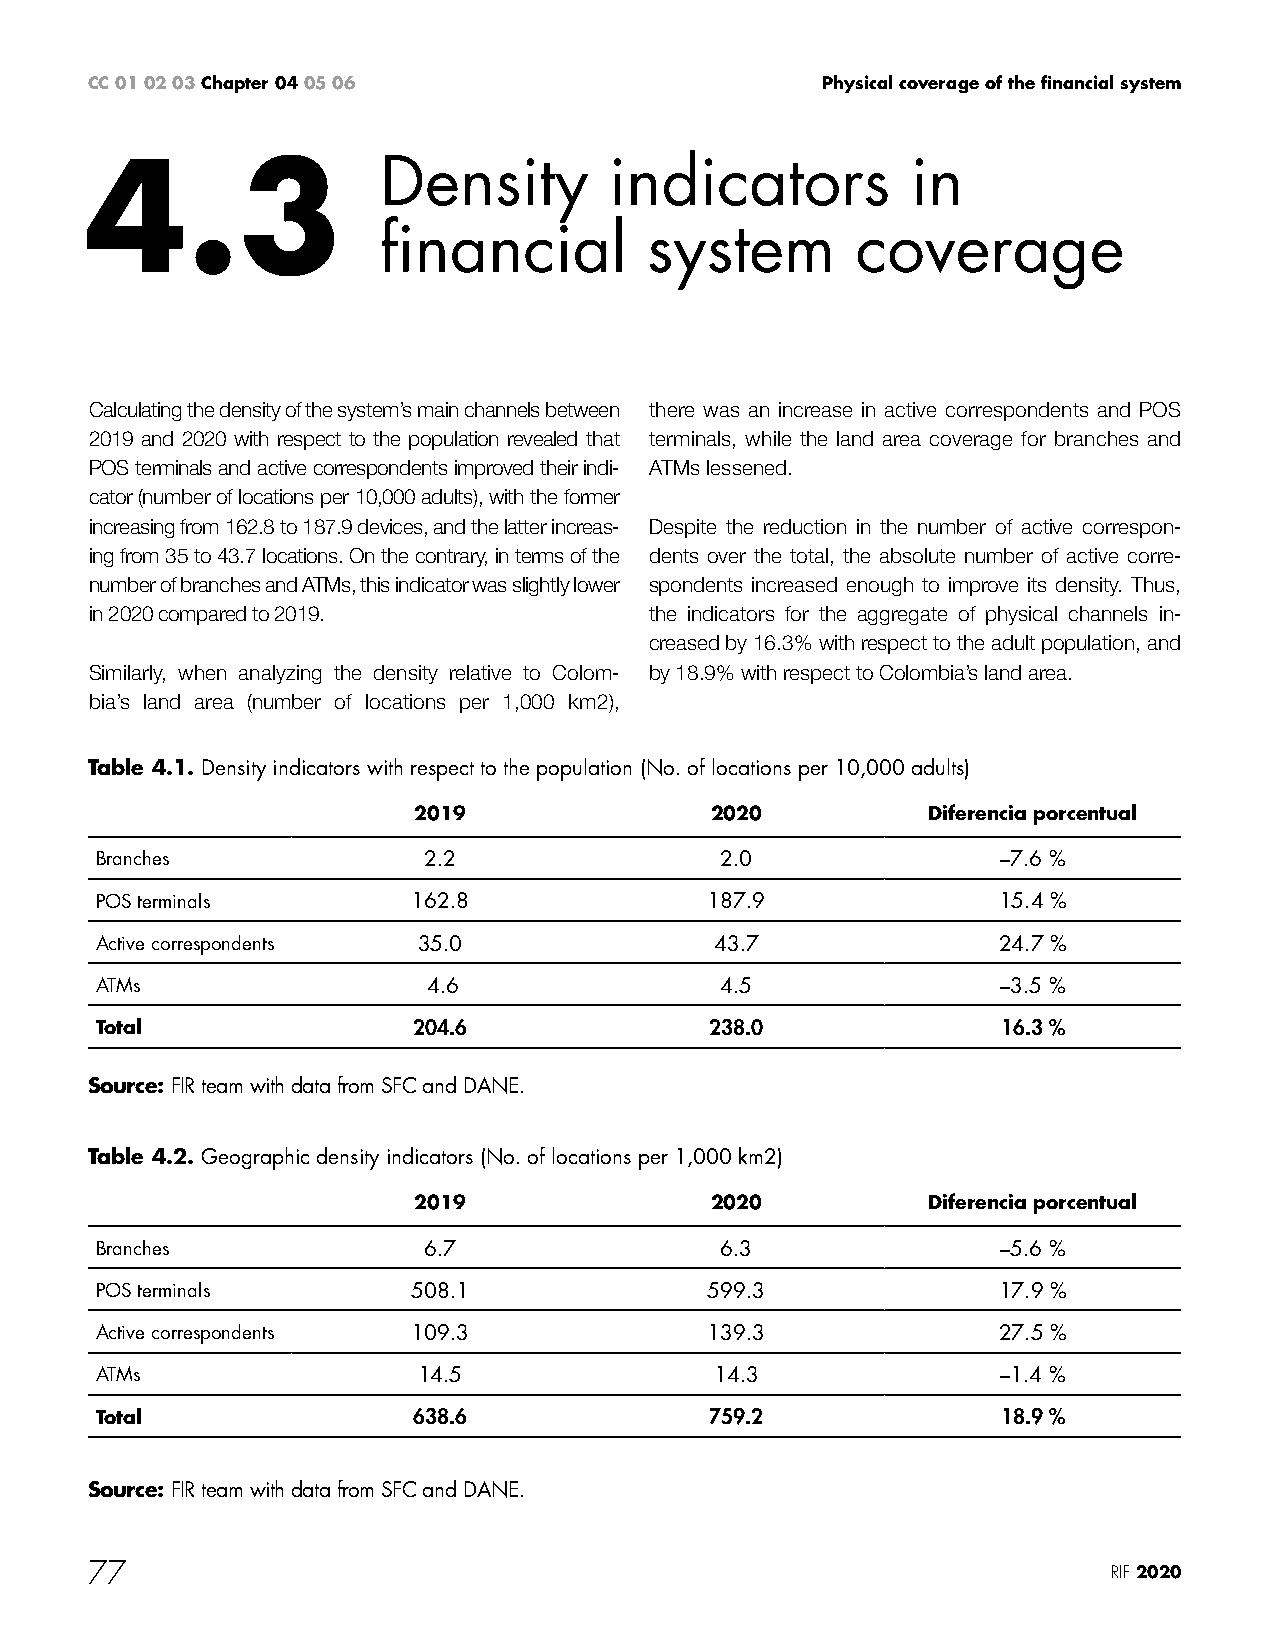
CC 01 02 03 Chapter 04 05 06                    Physical coverage of the financial system
 4.3                Density        indicators          in
 financial         system        coverage
 Calculating the density of the system’s main channels between there was an increase in active correspondents and POS
 2019 and 2020 with respect to the population revealed that terminals, while the land area coverage for branches and
 POS terminals and active correspondents improved their indi- ATMs lessened.
 cator (number of locations per 10,000 adults), with the former
 increasing from 162.8 to 187.9 devices, and the latter increas- Despite the reduction in the number of active correspon-
 ing from 35 to 43.7 locations. On the contrary, in terms of the dents over the total, the absolute number of active corre-
 number of branches and ATMs, this indicator was slightly lower spondents increased enough to improve its density. Thus,
 in 2020 compared to 2019.            the indicators for the aggregate of physical channels in-
 creased by 16.3% with respect to the adult population, and
 Similarly, when analyzing the density relative to Colom- by 18.9% with respect to Colombia’s land area.
 bia’s land area (number of locations per 1,000 km2),
 Table 4.1. Density indicators with respect to the population (No. of locations per 10,000 adults)
 2019                2020          Diferencia porcentual
 Branches              2.2                 2.0               –7.6 %
 POS terminals        162.8               187.9              15.4 %
 Active correspondents 35.0               43.7               24.7 %
 ATMs                  4.6                 4.5               –3.5 %
 Total                204.6               238.0              16.3 %
 Source: FIR team with data from SFC and DANE.
 Table 4.2. Geographic density indicators (No. of locations per 1,000 km2)
 2019                2020          Diferencia porcentual
 Branches              6.7                 6.3               –5.6 %
 POS terminals        508.1               599.3              17.9 %
 Active correspondents 109.3              139.3              27.5 %
 ATMs                  14.5               14.3               –1.4 %
 Total                638.6               759.2              18.9 %
 Source: FIR team with data from SFC and DANE.
 77                                                                  RIF 2020